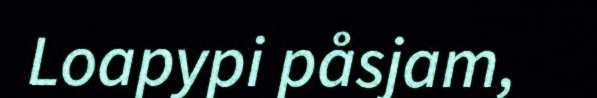
Loapypi påsjam,